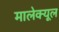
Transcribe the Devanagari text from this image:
मालेक्यूल